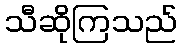
သီဆိုကြသည်